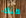
هناك